Vaccination in Bombay 1902-1912 - 1902-1912
Year: 1902
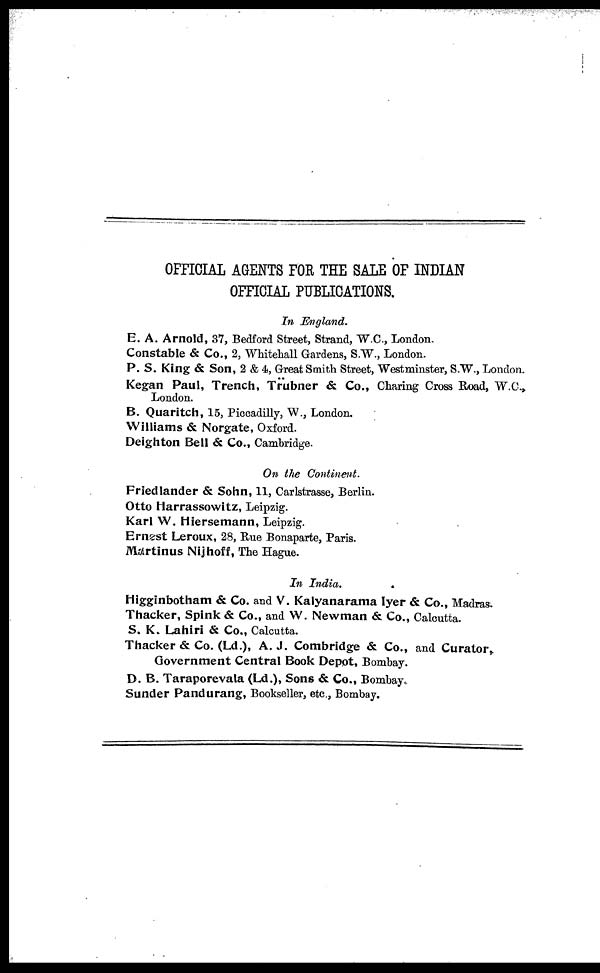
OFFICIAL AGENTS FOR THE SALE OF INDIAN
OFFICIAL PUBLICATIONS.
In England.
E. A. Arnold, 37, Bedford Street, Strand, W.C., London.
Constable & Co., 2, Whitehall Gardens, S.W., London.
P. S. King & Son, 2 & 4, Great Smith Street, Westminster, S.W., London.
Kegan Paul, Trench, Trübner & Co., Charing Cross Road, W.C.,
London.
B. Quaritch, 15, Piccadilly, W., London.
Williams & Norgate, Oxford.
Deighton Bell & Co., Cambridge.
On the Continent.
Friedlander & Sohn, 11, Carlstrasse, Berlin.
Otto Harrassowitz, Leipzig.
Karl W. Hiersemann, Leipzig.
Ernest Leroux, 28, Rue Bonaparte, Paris.
Martinus Nijhoff, The Hague.
In India.
Higginbotham & Co. and V. Kalyanarama Iyer & Co., Madras.
Thacker, Spink & Co., and W. Newman & Co., Calcutta.
S. K. Lahiri & Co., Calcutta.
Thacker & Co. (Ld.), A. J. Combridge & Co., and Curator,
Government Central Book Depot, Bombay.
D. B. Taraporevala (Ld.), Sons & Co., Bombay.
Sunder Pandurang, Bookseller, etc., Bombay.